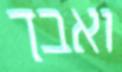
ואבך